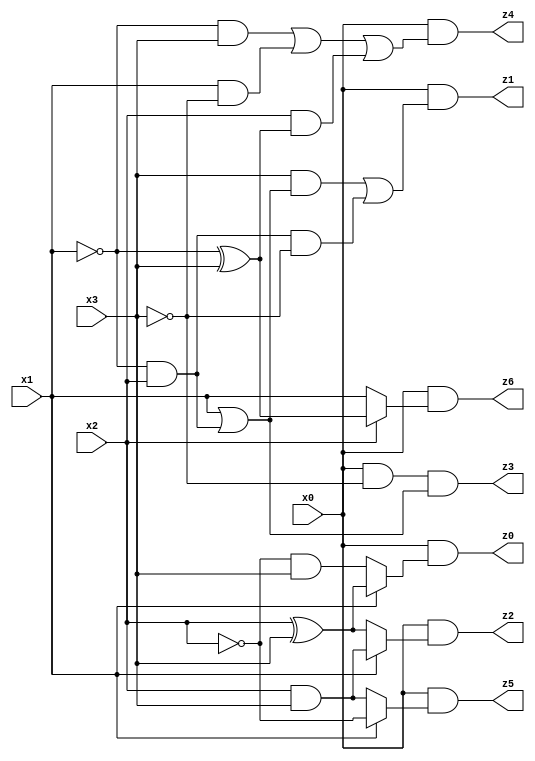
// Benchmark "mult_1x3_84" written by ABC on Wed Jun 28 02:12:02 2023

module mult_1x3_84 ( 
    x0, x1, x2, x3,
    z0, z1, z2, z3, z4, z5, z6  );
  input  x0, x1, x2, x3;
  output z0, z1, z2, z3, z4, z5, z6;
  assign z0 = x0 & (x1 ? (x2 ^ x3) : (~x2 & x3));
  assign z1 = x0 & ((x3 & (x1 | (~x1 & x2))) | (~x1 & x2 & ~x3));
  assign z2 = x0 & (x1 ? (x2 & x3) : (x2 ^ x3));
  assign z3 = x0 & ~x3 & (x1 | (~x1 & x2));
  assign z4 = x0 & ((~x1 & x3) | (x1 & ~x3) | (x2 & (~x1 ^ x3)));
  assign z5 = x0 & (x1 ? ~x2 : (x2 & x3));
  assign z6 = x0 & (x2 ? (~x1 ^ x3) : x1);
endmodule